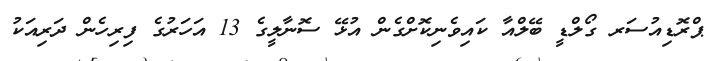
ޕްރޮޑިއުސަރ ގޯލްޑީ ބޭލްއާ ކައިވެނިކޮށްގެން އުޅޭ ސޮނާލީގެ 13 އަހަރުގެ ފިރިހެން ދަރިއަކު